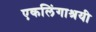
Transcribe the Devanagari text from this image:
एकलिंगाश्रयी